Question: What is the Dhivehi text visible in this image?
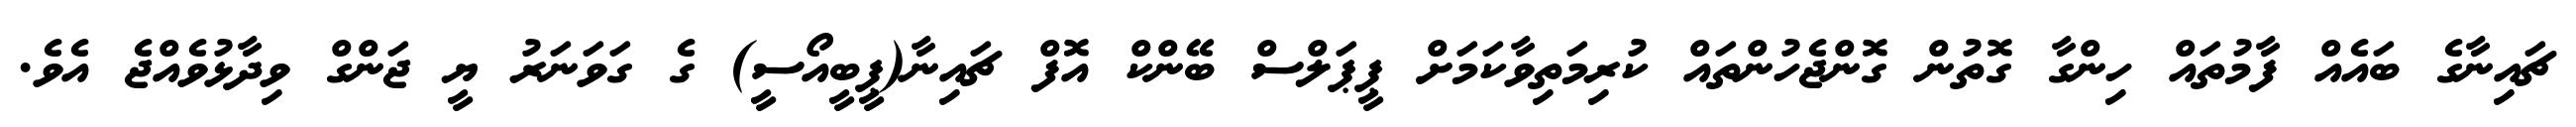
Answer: ޗައިނާގެ ބައެއް ފާމުތައް ހިންގާ ގޮތުން ގޮންޖެހުންތައް ކުރިމަތިވާކަމަށް ޕީޕަލްސް ބޭންކް އޮފް ޗައިނާ(ޕީބީއޯސީ) ގެ ގަވަނަރު ޔީ ޖަންގް ވިދާޅުވެއްޖެ އެވެ.